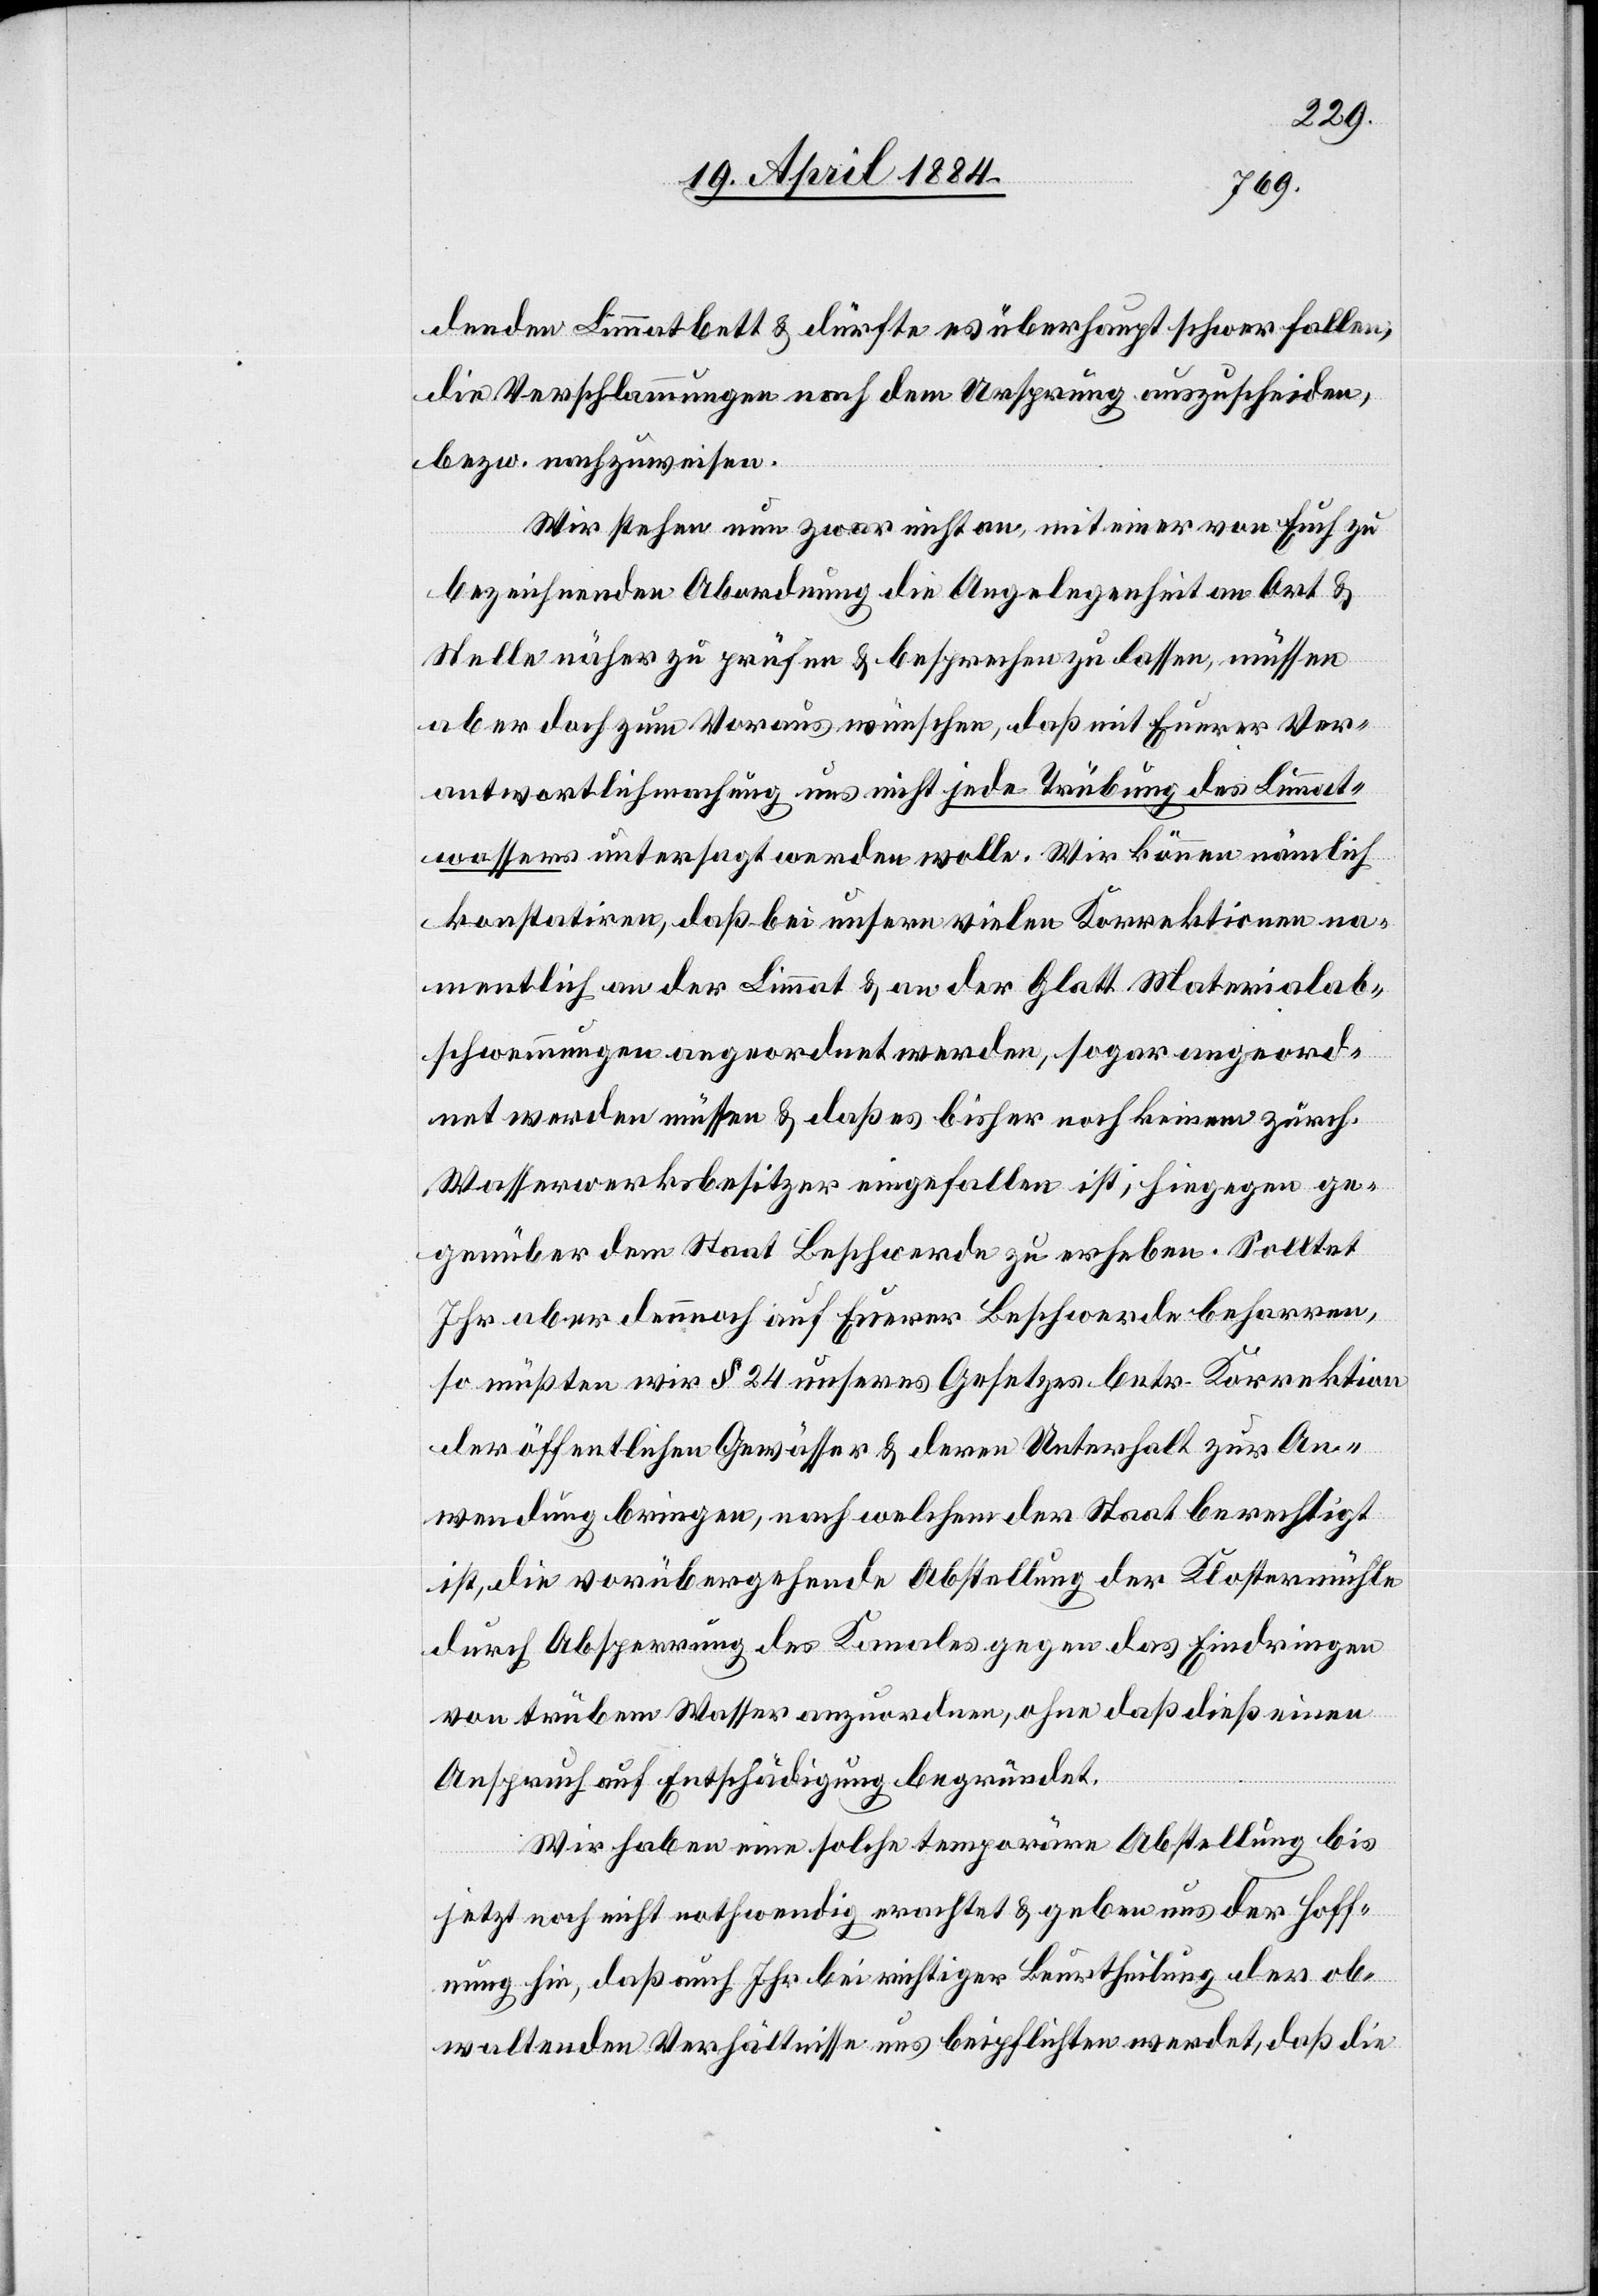
denden Limmatbett & dürfte es überhaupt schwer fallen,
die Verschlammungen nach dem Ursprung auszuscheiden
bezw. nachzuweisen.
Wir stehen nun zwar nicht an, mit einer von euch zu
bezeichnenden Abordnung die Angelegenheit an Ort &
Stelle näher zu prüfen & besprechen zu lassen, müssen
aber doch zum Voraus wünschen, daß mit Euerer Ver¬
antwortlichmachung uns nicht jede Trübung des Limmat¬
wassers untersagt werden wolle. Wir können nämlich
konstatiren, daß bei unsern vielen Korrektionen na¬
mentlich an der Limmat & an der Glatt Material¬
schwemmungen angeordnet werden, sogar angeord¬
net werden müssen & daß es bisher noch keinem zürch.
Wasserwerksbesitzer eingefallen ist, hiegegen ge¬
genüber dem Staat Beschwerde zu erheben. Solltet
Ihr aber dennoch auf Euerer Beschwerde beharren,
so müßten wir § 24 unseres Gesetzes betr. Korrektion
der öffentlichen Gewässer & deren Unterhalt zur An¬
wendung bringen, nach welchem der Staat berechtigt
ist, die vorübergehende Abstellung der Klostermühle
durch Absperrung des Kanales gegen das Eindringen
von trübem Wasser anzuordnen, ohne daß dieß einen
Anspruch auf Entschädigung begründet.
Wir haben eine solche temporäre Abstellung bis
jetzt noch nicht nothwendig erachtet & geben uns der Hoff¬
nung hin, daß auch Ihr bei richtiger Beurtheilung der ob¬
waltenden Verhältnisse uns beipflichten werdet, daß die